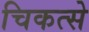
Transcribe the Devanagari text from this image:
चिकत्से